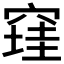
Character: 𰩔